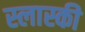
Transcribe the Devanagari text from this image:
स्लास्की